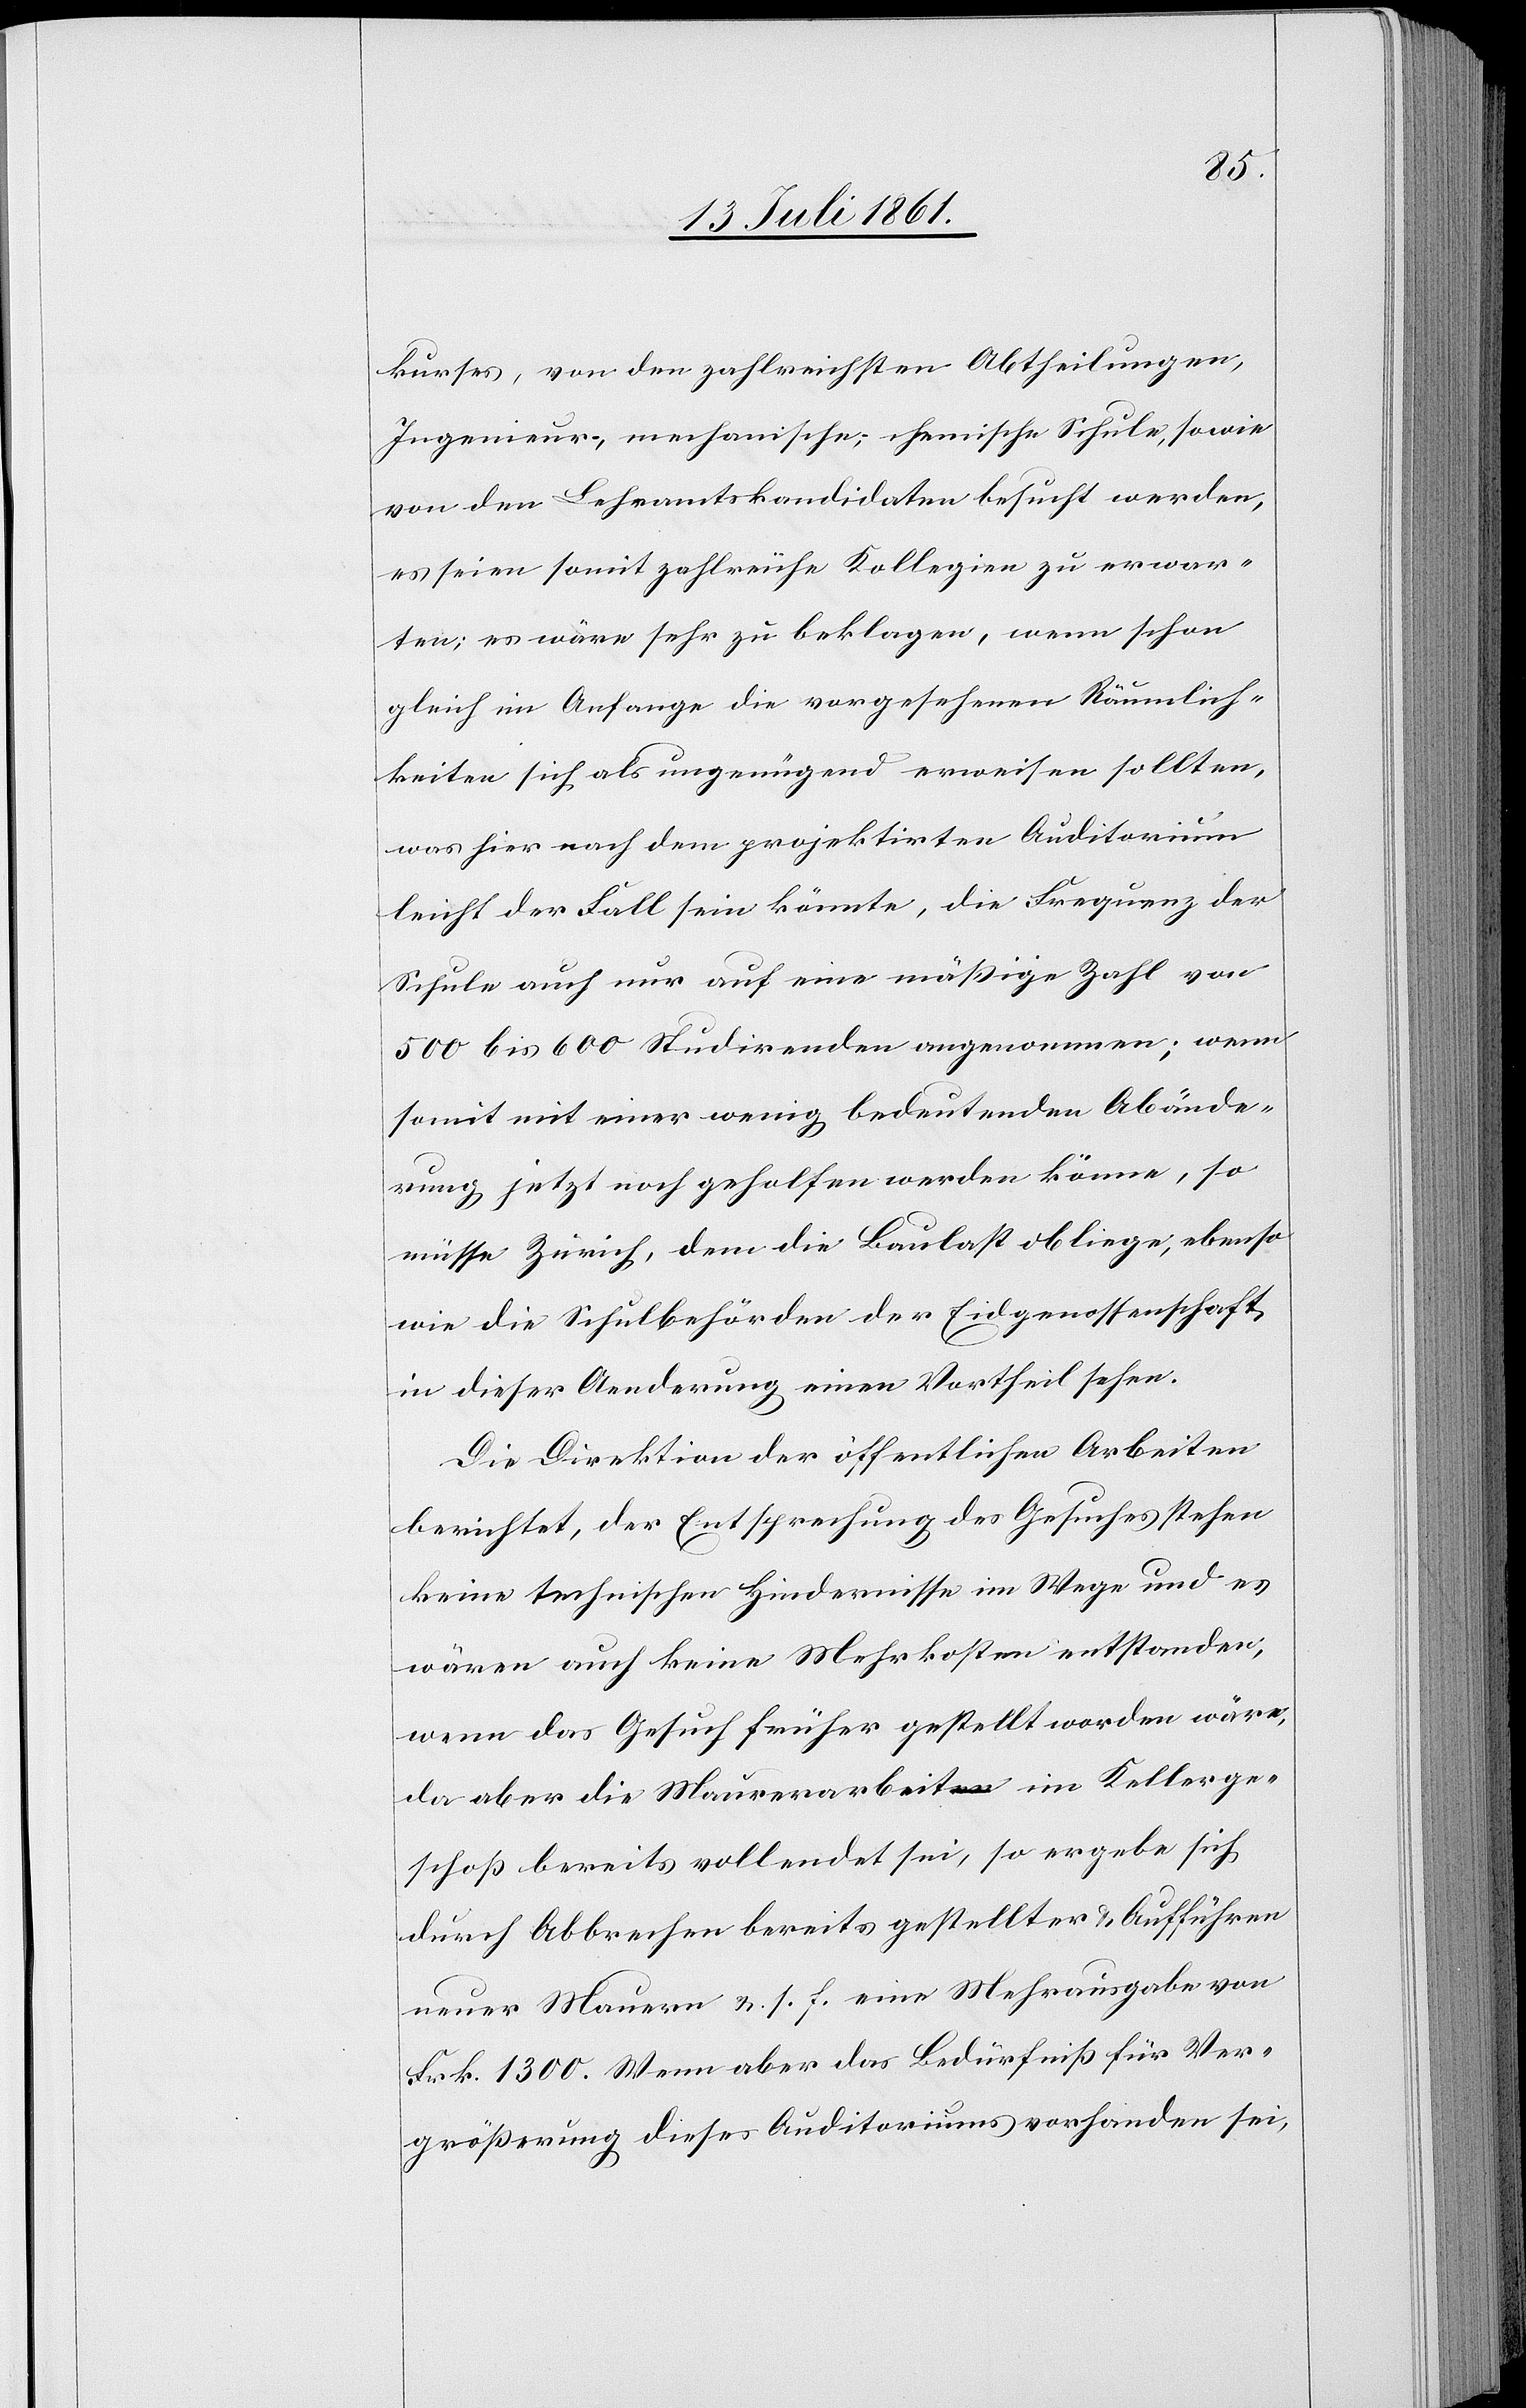
kurses, von den zahlreichsten Abtheilungen,
Ingenieur-, mechanische-, chemische Schule, sowie
von den Lehramtskandidaten besucht werden,
es seien somit zahlreiche Kollegien zu erwar¬
ten; es wäre sehr zu beklagen, wenn schon
gleich im Anfange die vorgesehenen Räumlich¬
keiten sich als ungenügend erweisen sollten,
was hier nach dem projektirten Auditorium
leicht der Fall sein könnte, die Frequenz der
Schule auch nur auf eine mäßige Zahl von
500 bis 600 Studirenden angenommen; wenn
somit mit einer wenig bedeutenden Abände¬
rung jetzt noch geholfen werden könne, so
müsse Zürich, dem die Baulast obliege, ebenso
wie die Schulbehörden der Eidgenossenschaft
in dieser Aenderung einen Vortheil sehen.
Die Direktion der öffentlichen Arbeiten
berichtet, der Entsprechung des Gesuches stehen
keine technischen Hindernisse im Wege und es
wären auch keine Mehrkosten entstanden,
wenn das Gesuch früher gestellt worden wäre,
da aber die Maurerarbeit im Kellerge¬
schoß bereits vollendet sei, so ergebe sich
durch Abbrechen bereits gestellter u. Aufführen
neuer Mauern u. s. f. eine Mehrausgabe von
Frk. 1300. Wenn aber das Bedürfniß für Ver¬
größerung dieses Auditoriums vorhanden sei,